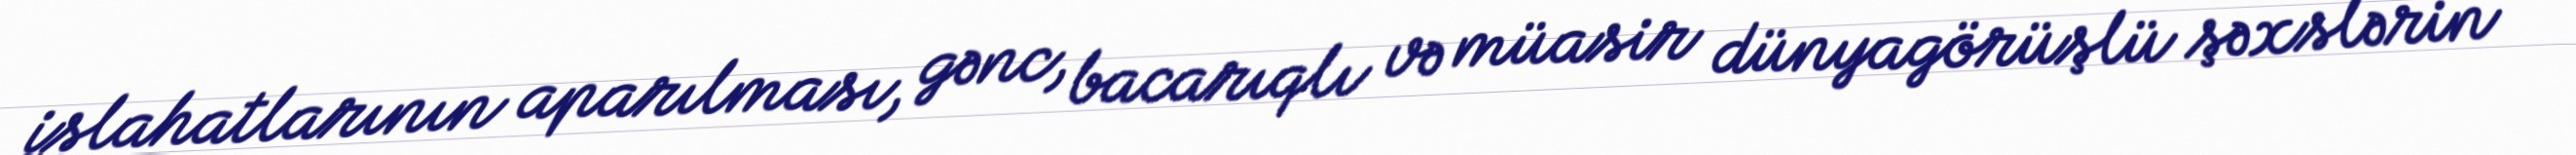
islahatlarının aparılması, gənc, bacarıqlı və müasir dünyagörüşlü şəxslərin